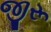
જીરૂ